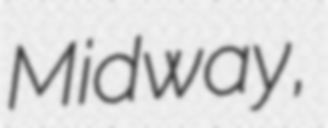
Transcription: Midway,